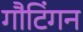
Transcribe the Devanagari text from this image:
गौटिंगन